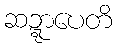
ဆဍ္ဍာပေတိ